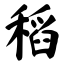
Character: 稻